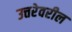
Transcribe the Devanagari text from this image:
उत्तरेवरील